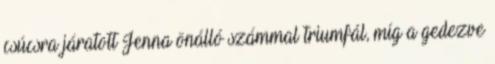
csúcsra járatott Jenna önálló számmal triumfál, míg a gedezve